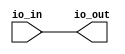
module io_buffer (
    input wire io_in,
    output wire io_out
);

assign io_out = io_in;

endmodule